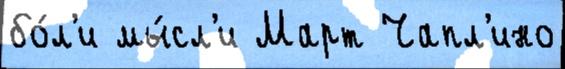
бо́л'и мы́сл'и Март Чапл'ино